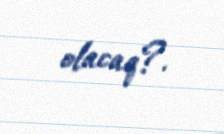
olacaq?.